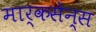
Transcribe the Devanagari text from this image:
मार्कसेन्स